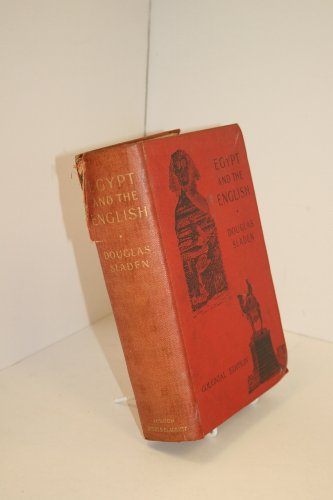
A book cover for Egypt and the English, showing British public opinion in Egypt upon the Egyptian question : with chapters on success of the Sudan and the delights of travel in Egypt and the Sudan; Douglas Brooke Wheelton . Sladen; Travel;